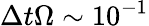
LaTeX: \Delta t\Omega\sim 10^{-1}